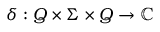
\delta : Q \times \Sigma \times Q \to \mathbb { C }